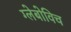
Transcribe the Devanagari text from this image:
ग्लेबोविच